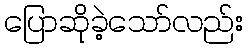
ပြောဆိုခဲ့သော်လည်း